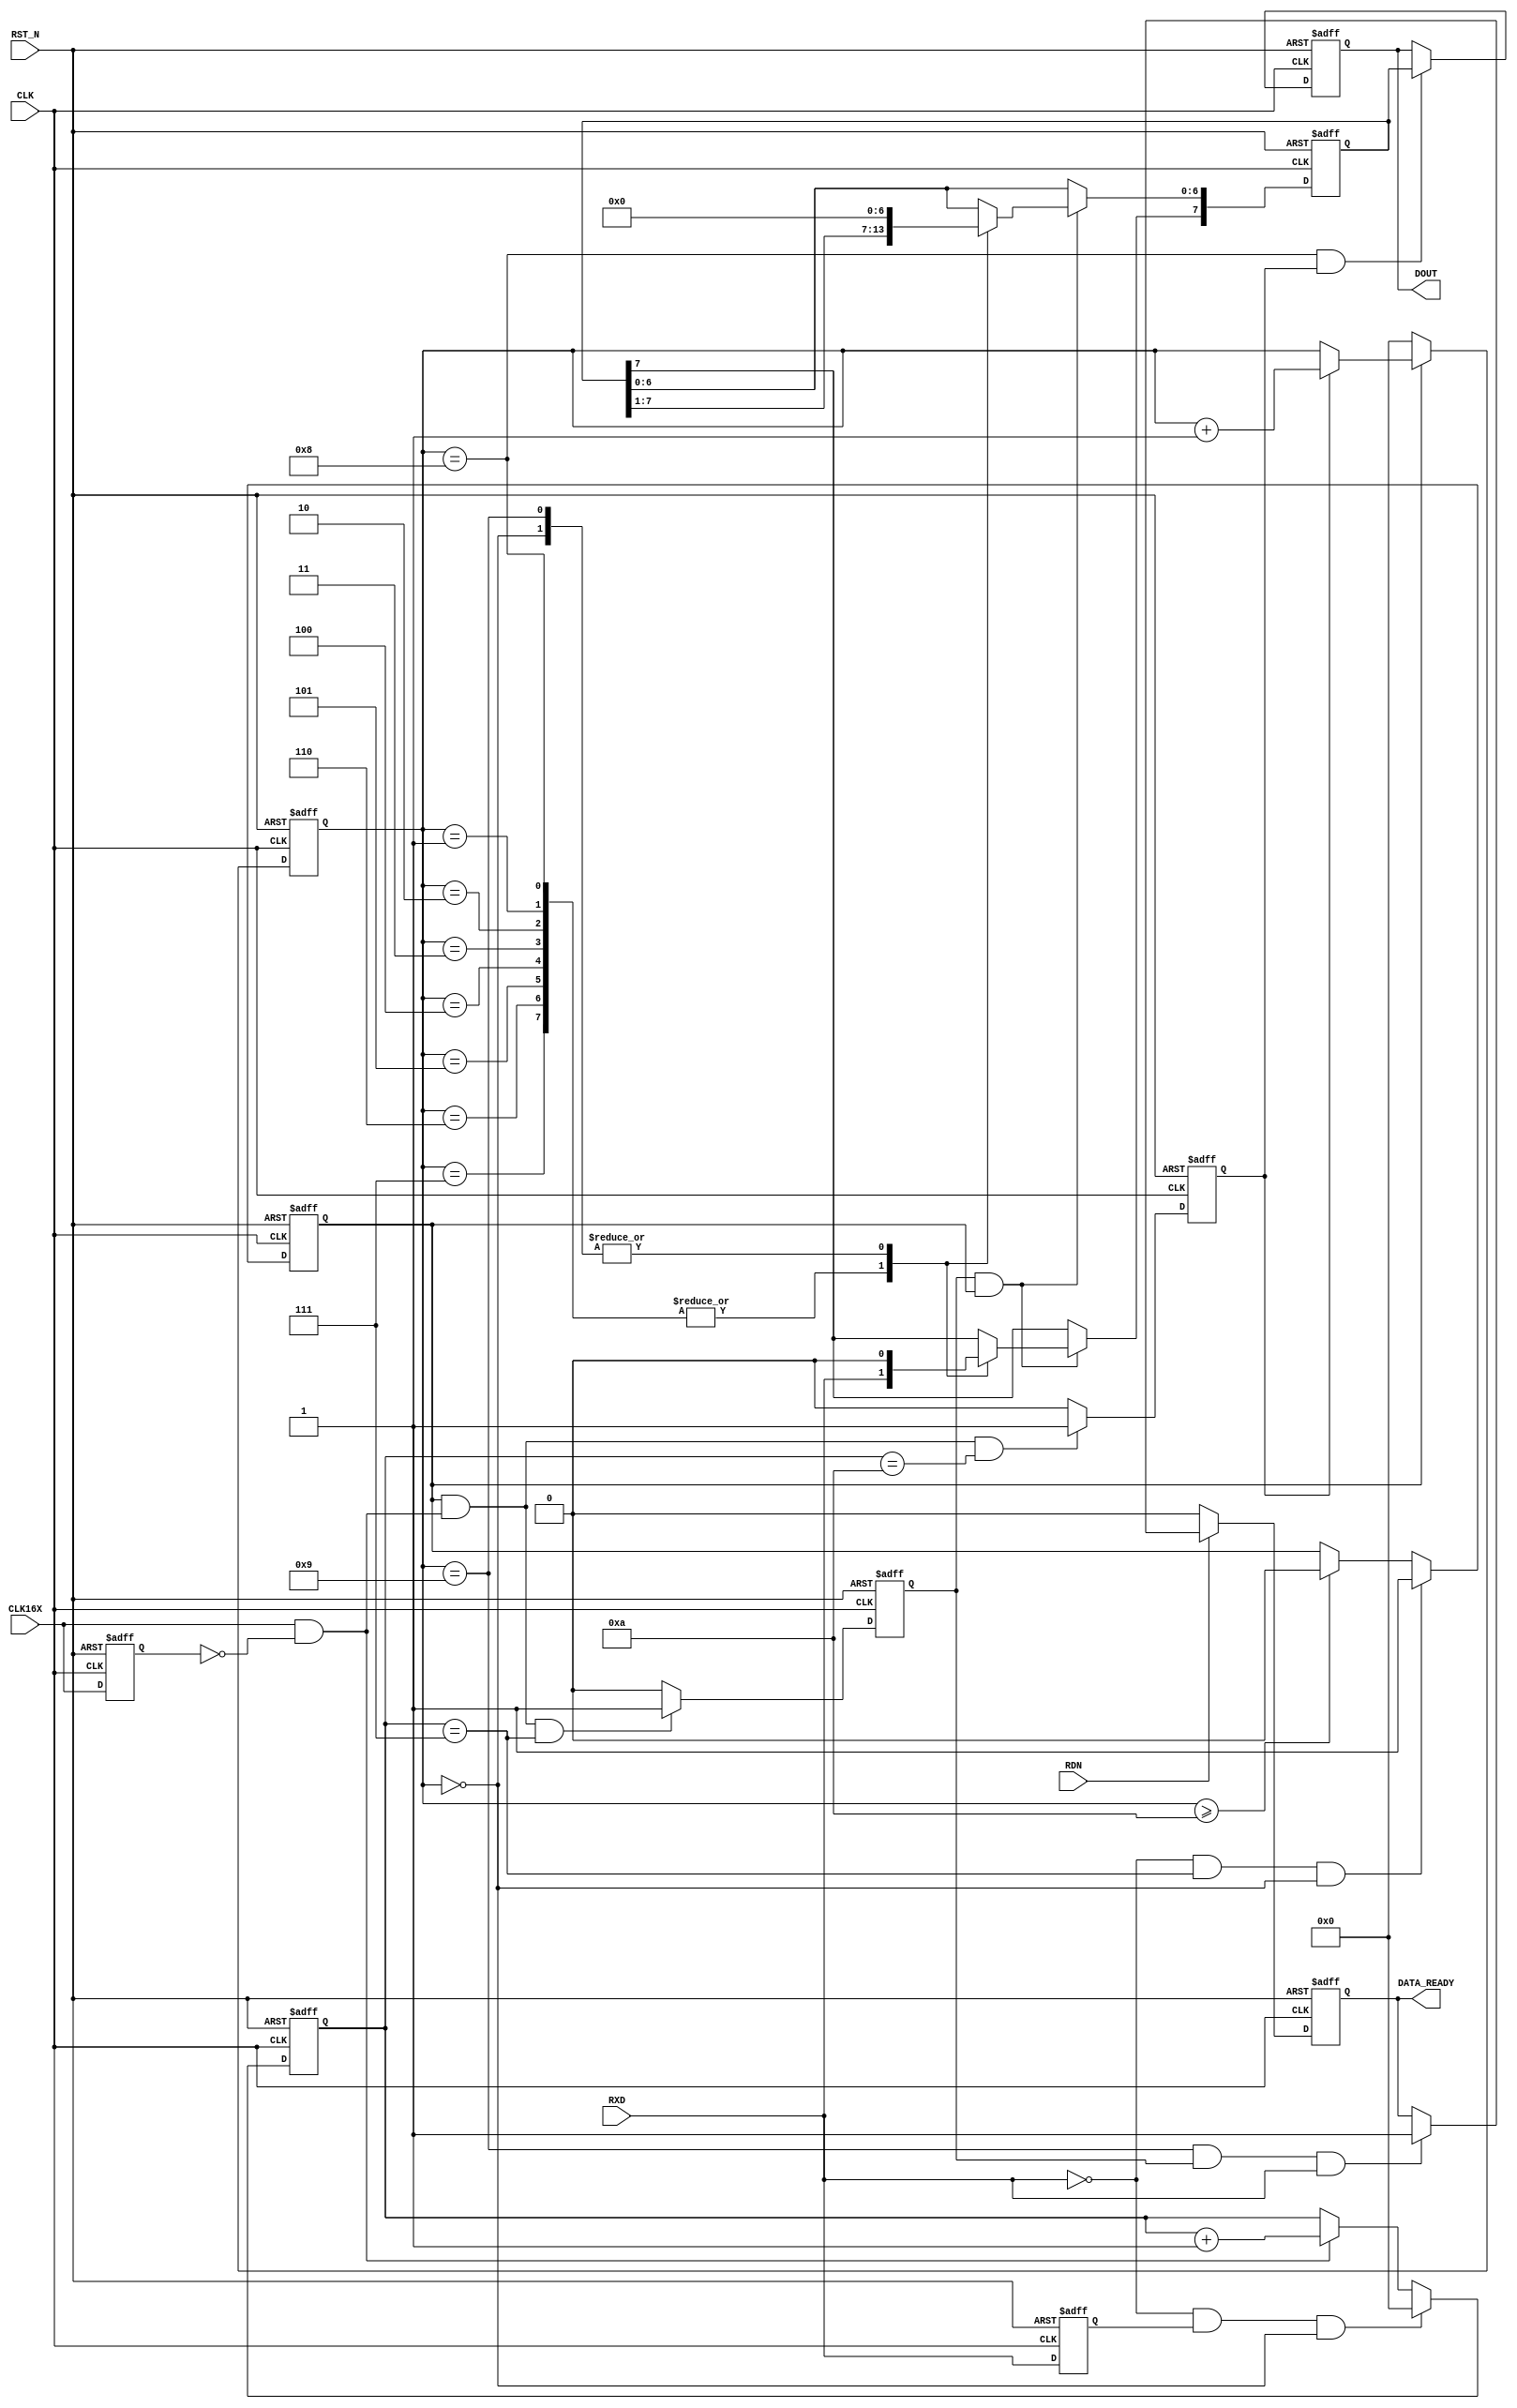
/*****************************************************
 * Workfile:: rcvr_mod.v
 *
 * Copyright Commonwealth Technology, Inc. 2006
 *
******************************************************/

module uart_receiver
  (
   CLK,
   RST_N,
   DOUT,
   DATA_READY,
   RXD,
   CLK16X,
   RDN
   );
   
   //--------------------------------------------------
   // IO Port Declarations                           
   //--------------------------------------------------
   input CLK, RST_N;
   input RXD;
   input CLK16X;
   input RDN;
   output [7:0] DOUT;
   output 	DATA_READY;
   
   //-----------------------------------------------
   // Wire and Register Declarations              
   //-----------------------------------------------
   reg 		clk16x_reg;   
   reg [3:0] 	clk16_count;
   reg 		serial_clk;
   reg [3:0] 	bit_count;
   reg [7:0] 	dout_reg, shift_reg;
   reg 		serial_clk_enable;
   reg 		sample_clk;
   reg 		DATA_READY;
   reg 		rxd_reg;
   reg 		start_bit;   
   wire 	clk16x_posedge;
   wire 	rxd_negedge;
   
   //-----------------------------------------------
   // Signal Assignments
   //----------------------------------------------
   assign 	DOUT = dout_reg;
   assign 	clk16x_posedge = CLK16X && !clk16x_reg;
   assign 	rxd_negedge = !RXD && rxd_reg;
   // DEBUG Signals
   //assign 	SAMPLE_CLK_OUT = sample_clk;
   //assign 	START_BIT_OUT = start_bit;
   
   //-----------------------------------------------
   // Generate Start Bit
   //-----------------------------------------------
   
   always @(posedge CLK or negedge RST_N)
     begin
	if (!RST_N)
	  start_bit <= 0;
	else 
	  begin
	     if (rxd_negedge && (bit_count == 4'h0))
	       start_bit <= 1;
	     else if (bit_count > 4'h0)
	       start_bit <= 0;
	  end
     end // always @ (posedge CLK or negedge RST_N)
   
   
   //-----------------------------------------------
   // Create a registered version of rxd
   //-----------------------------------------------
   always @(posedge CLK or negedge RST_N)
     begin
	if (!RST_N)
	  rxd_reg <= 0;
	else
	  rxd_reg <= RXD;
     end
	
   //-----------------------------------------------
   // Create a clk enable signal only active when
   // sending out bits
   //-----------------------------------------------
   always @(posedge CLK or negedge RST_N)
     begin
	if (!RST_N)
	  serial_clk_enable <= 0;
	else
	  begin
	     // If in the middle of the start bit and rxd is still low
	     // a Start Bit was detected
	     if (!RXD && (clk16_count == 4'h7) && (bit_count == 4'h0))
	       serial_clk_enable <= 1;
	     else if (bit_count >= 4'hA)
	     //else if (bit_count >= 4'h9)
	       serial_clk_enable <= 0;
	  end
     end // always @ (posedge CLK or negedge RST_N)

   //-----------------------------------------------
   // Create a bit counter for the serial output
   //-----------------------------------------------      
   always @(posedge CLK or negedge RST_N)
     begin
	if (!RST_N)
	  bit_count <= 0;
	else 
	  begin
	     if (serial_clk_enable)
	       begin
		  if (serial_clk)
		    bit_count <= bit_count + 1;
	       end
	     else
	       bit_count <= 0;
	  end
     end // always @ (posedge CLK or negedge RST_N)

   //-----------------------------------------------
   // Create a Serial Clock at the specific baud rate
   //-----------------------------------------------      
   always @(posedge CLK or negedge RST_N)
     begin
	if (!RST_N)
	  serial_clk <= 0;
	else if (serial_clk_enable && clk16x_posedge && (clk16_count == 4'ha))
	  serial_clk <= 1;
	else
	  serial_clk <= 0;
     end
   
   //-----------------------------------------------
   // Create DATA_READY to signal when 1 byte has been received
   //-----------------------------------------------   
   always @(posedge CLK or negedge RST_N)
     begin
	if (!RST_N)
	  DATA_READY <= 1'b0 ;
	else 
	  begin
	     if (!RDN)
	       DATA_READY <= 1'b0 ;
	     // Only Signal Data Ready if STOP bit is found
	     else if ((bit_count == 4'h9) && sample_clk && RXD)
	       DATA_READY <= 1'b1 ;
	  end // else: !if(!RST_N)
     end // always @ (posedge CLK or negedge RST_N)
   
  //-----------------------------------------------
   // Create registers to receive serial data
   //-----------------------------------------------   
   always @(posedge CLK or negedge RST_N)
     begin
	if (!RST_N)
	  shift_reg <= 8'h00 ;	
	else if (sample_clk && serial_clk_enable)
	  begin
	     case (bit_count)
	       4'h0: 
		 shift_reg <= 8'h00;
	       4'h1 , 4'h2, 4'h3, 4'h4, 4'h5, 4'h6, 4'h7, 4'h8:
		 begin
		    shift_reg[7] <= RXD;
		    shift_reg[6:0] <= shift_reg[7:1];
		 end
	       4'h9:
		 shift_reg <= 8'h00;
	     endcase // case(bit_count)
	  end // if (sample_clk)
     end // always @ (posedge CLK or negedge RST_N)
   
   //-----------------------------------------------
   // Create an output register     
   //-----------------------------------------------   
   always @(posedge CLK or negedge RST_N)
     begin
	if (!RST_N)
	  dout_reg <= 0;
	else if ((bit_count == 4'h8) && serial_clk)
	  dout_reg <= shift_reg;
     end
  
   //-----------------------------------------------
   // Create a 16x Clock Counter
   //-----------------------------------------------
   always @(posedge CLK or negedge RST_N)
     begin
	if (!RST_N)
	  clk16_count <= 0;
	else
	  begin
	     if (rxd_negedge && (bit_count == 4'h0))
	       clk16_count <= 0;
	     else if (clk16x_posedge)
	       clk16_count <= clk16_count + 1;
	  end
     end // always @ (posedge CLK or negedge RST_N)

   //-----------------------------------------------
   // Create a Sample Clock to sample the data in
   // the middle of the pulse
   //-----------------------------------------------      
   always @(posedge CLK or negedge RST_N)
     begin
	if (!RST_N)
	  sample_clk <= 0;
	else if (serial_clk_enable && clk16x_posedge && (clk16_count == 4'h7))
	  sample_clk <= 1;
	else
	  sample_clk <= 0;
     end   

   //-----------------------------------------------
   // Create delayed signals for pulse generation
   //-----------------------------------------------
   always @(posedge CLK or negedge RST_N)
     begin
	if (!RST_N)
	  clk16x_reg <= 1'b0;
	else
	  clk16x_reg <= CLK16X;
     end
   
endmodule // rcvr_mod